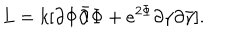
L = k [ { \partial { \Phi } } { \bar { \partial } } { \Phi } + e ^ { 2 { \Phi } } { \partial { \gamma } } { \partial { \bar { \gamma } } } ] .